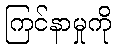
ကြင်နာမှုကို